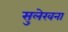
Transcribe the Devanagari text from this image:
सुलेखना